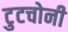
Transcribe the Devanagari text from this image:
टुटचोनी